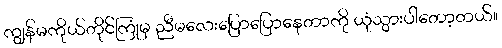
ကျွန်မကိုယ်တိုင်ကြုံမှ ညီမလေးပြောပြောနေတာကို ယုံသွားပါတော့တယ်။